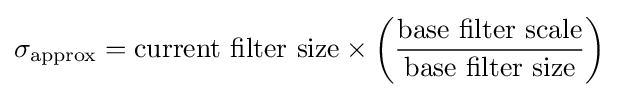
\sigma _{\text{approx}}={\text{current filter size}}\times \left({\frac {\text{base filter scale}}{\text{base filter size}}}\right)